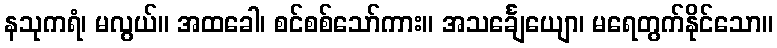
နသုကရံ၊ မလွယ်။ အထခေါ၊ စင်စစ်သော်ကား။ အသင်္ချေယျော၊ မရေတွက်နိုင်သော။